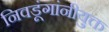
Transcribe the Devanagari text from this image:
निवडूंगांनीयुक्त